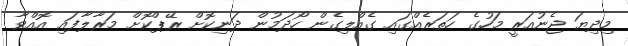
މިދިޔަ ޖެނުއަރީ މަހުގެ ހަތަރެއްގައި ގެއްލިގެން ހޯދަމުން ދަނިކޮށް ރޭޕްކޮށް މަރާލާފައި އޮއްވާ